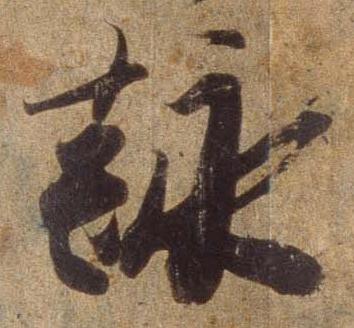
詠